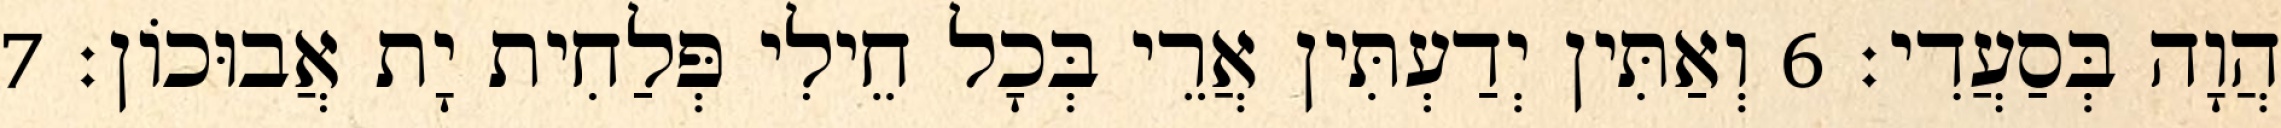
הֲוָה בְּסַעֲדִי׃ 6 וְאַתִּין יְדַעְתִּין אֲרֵי בְּכָל חֵילִי פְּלַחִית יָת אֲבוּכוֹן׃ 7